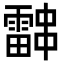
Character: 𮦰